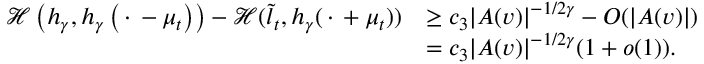
\begin{array} { r l } { { \mathscr { H } } \left( h _ { \gamma } , h _ { \gamma } \left( \, \cdot \, - \mu _ { t } \right) \right) - { \mathscr { H } } ( \tilde { l } _ { t } , h _ { \gamma } ( \, \cdot \, + \mu _ { t } ) ) } & { \geq c _ { 3 } | A ( v ) | ^ { - 1 / 2 \gamma } - O ( | A ( v ) | ) } \\ & { = c _ { 3 } | A ( v ) | ^ { - 1 / 2 \gamma } ( 1 + o ( 1 ) ) . } \end{array}